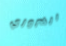
الضروري